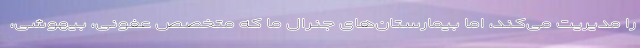
را مدیریت می‌کند، اما بیمارستان‌های جنرال ما که متخصص عفونی، بیهوشی،